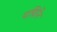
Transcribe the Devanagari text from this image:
पद्मिनि